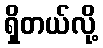
ရှိတယ်လို့